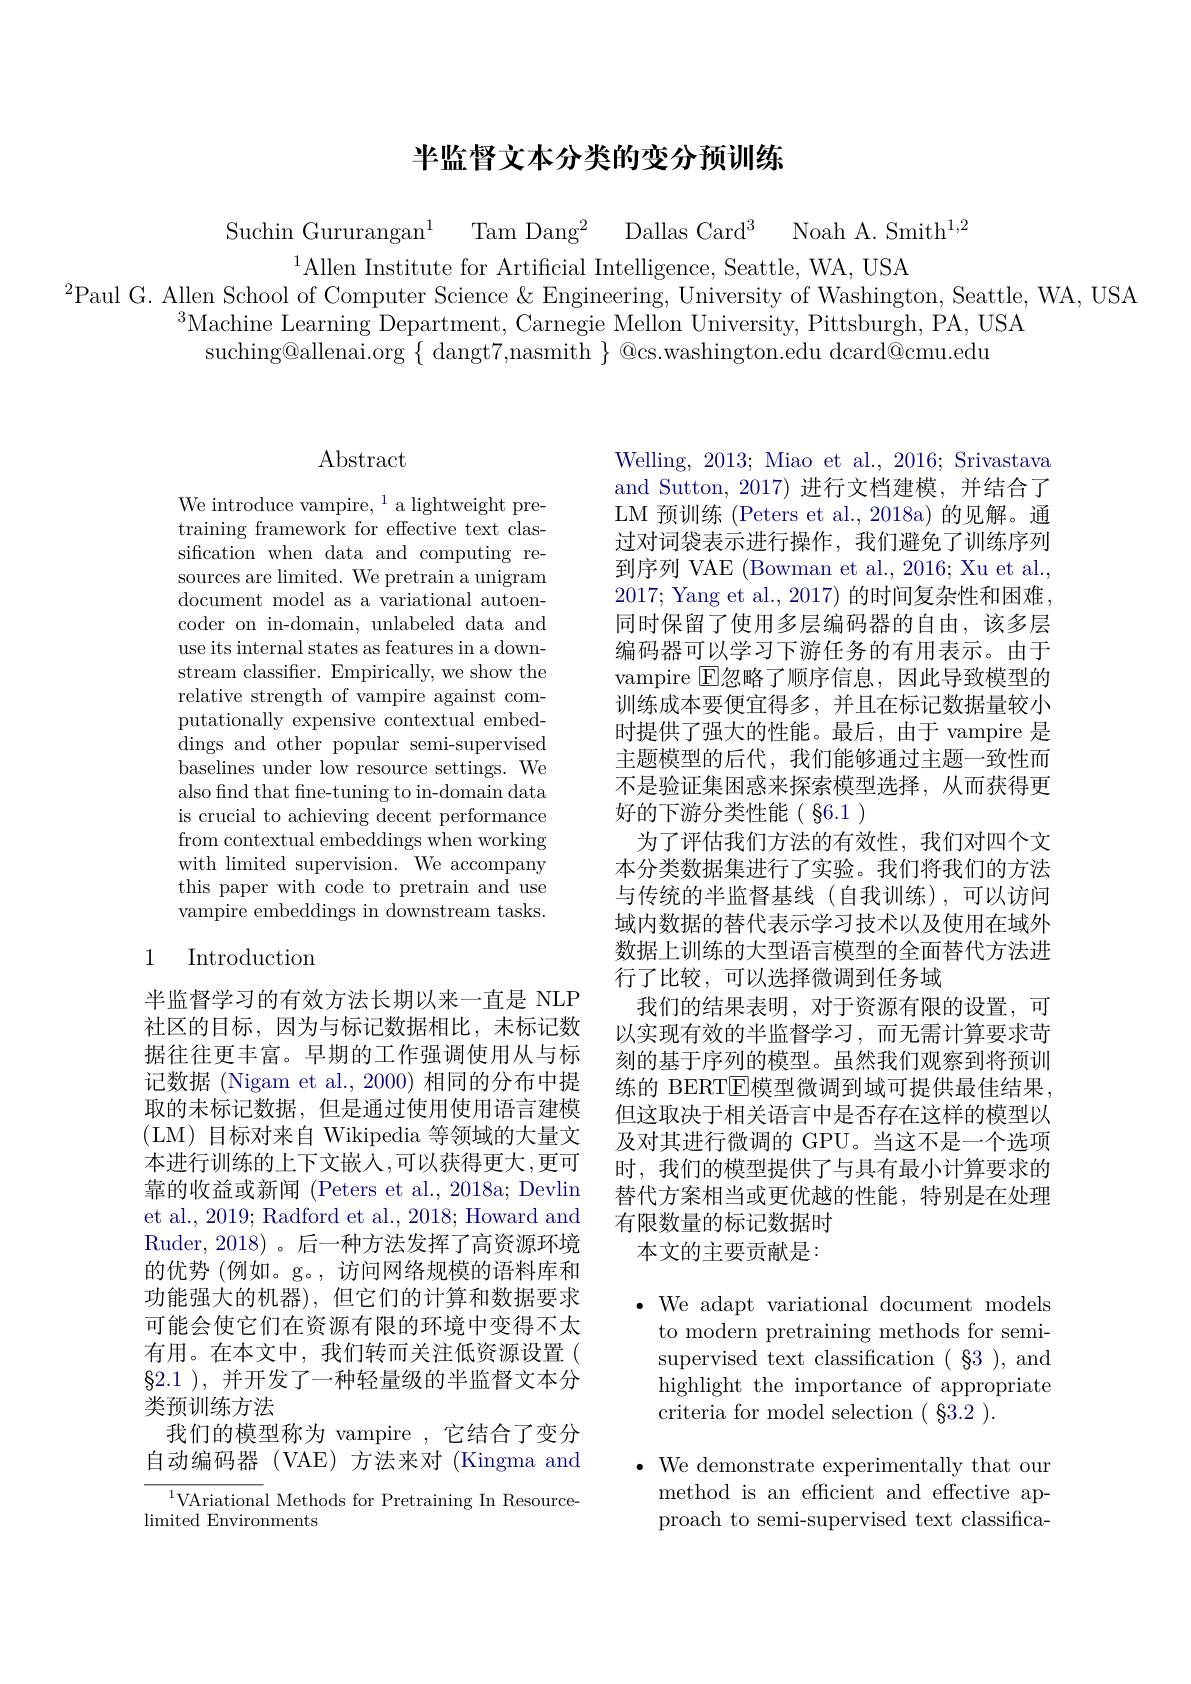
## 半监督文本分类的变分预训练

Suchin Gururangan$^1$ Tam Dang$^2$ Dallas Card$^3$ Noah A. Smith$^1,2$

$^{1}$Allen Institute for Artificial Intelligence, Seattle, WA, USA
$^{2}$Paul G. Allen School of Computer Science & Engineering, University of Washington, Seattle, WA, USA
$^{3}$Machine Learning Department, Carnegie Mellon University, Pittsburgh, PA, USA
$suching@allenai.org{\{\text{ dangt7,nasmith }\}\text{ @cs.washington.edu dcard@cmu.edu}}$

## $\operatorname{Abstract}$

We introduce vampire, $^1$a lightweight pretraining framework for effective text classification when data and computing resources are limited. We pretrain a unigram document model as a variational autoencoder on in-domain, unlabeled data and use its internal states as features in a downstream classifier. Empirically, we show the relative strength of vampire against computationally expensive contextual embeddings and other popular semi-supervised baselines under low resource settings. We also find that fine-tuning to in-domain data is crucial to achieving decent performance from contextual embeddings when working with limited supervision. We accompany this paper with code to pretrain and use vampire embeddings in downstream tasks.

## 1 Introduction

半监督学习的有效方法长期以来一直是 NLP 社区的目标，因为与标记数据相比，未标记数据往往更丰富。早期的工作强调使用从与标记数据 (Nigam et al., 2000) 相同的分布中提取的未标记数据，但是通过使用使用语言建模(LM)目标对来自 Wikipedia 等领域的大量文本进行训练的上下文嵌人，可以获得更大，更可靠的收益或新闻 (Peters et al., 2018a; Devlin et al., 2019; Radford et al., 2018; Howard and Ruder, 2018)。后一种方法发挥了高资源环境的优势 (例如。g。, 访问网络规模的语料库和功能强大的机器),但它们的计算和数据要求可能会使它们在资源有限的环境中变得不太有用。在本文中，我们转而关注低资源设置( $\S2.1~),~$并开发了一种轻量级的半监督文本分类预训练方法
我们的模型称为 vampire ,它结合了变分自动编码器 (VAE)方法来对 (Kingma and

${\overline{{^{1}}\text{VAriational Methods for Pretraining In Resource-}}}$
limited Environments

Welling, 2013; Miao et al., 2016; Srivastava and Sutton, 2017)进行文档建模，并结合了LM 预训练 (Peters et al., 2018a) 的见解。通过对词袋表示进行操作，我们避免了训练序列到序列 VAE (Bowman et al., 2016; Xu et al. 2017; Yang et al., 2017) 的时间复杂性和困难， 同时保留了使用多层编码器的自由，该多层编码器可以学习下游任务的有用表示。由于vampire $\operatorname{E\text{忽略了顺序信息，因此导致模型的}}$ 训练成本要便宜得多，并且在标记数据量较小时提供了强大的性能。最后，由于 vampire 是主题模型的后代，我们能够通过主题一致性而不是验证集困惑来探索模型选择，从而获得更好的下游分类性能(§6.1)
为了评估我们方法的有效性，我们对四个文本分类数据集进行了实验。我们将我们的方法与传统的半监督基线(自我训练),可以访问域内数据的替代表示学习技术以及使用在域外数据上训练的大型语言模型的全面替代方法进行了比较，可以选择微调到任务域
我们的结果表明，对于资源有限的设置，可以实现有效的半监督学习，而无需计算要求苛刻的基于序列的模型。虽然我们观察到将预训练的 BERT$\overline{\mathrm{E}}$模型微调到域可提供最佳结果， 但这取决于相关语言中是否存在这样的模型以及对其进行微调的 GPU。当这不是一个选项时，我们的模型提供了与具有最小计算要求的替代方案相当或更优越的性能，特别是在处理有限数量的标记数据时
本文的主要贡献是：

$\bullet$ We adapt variational document models
to modern pretraining methods for semisupervised text classification ( §3 ), and highlight the importance of appropriate criteria for model selection ( §3.2 ).
$\bullet$ We demonstrate experimentally that our method is an efficient and effective approach to semi-supervised text classifica-